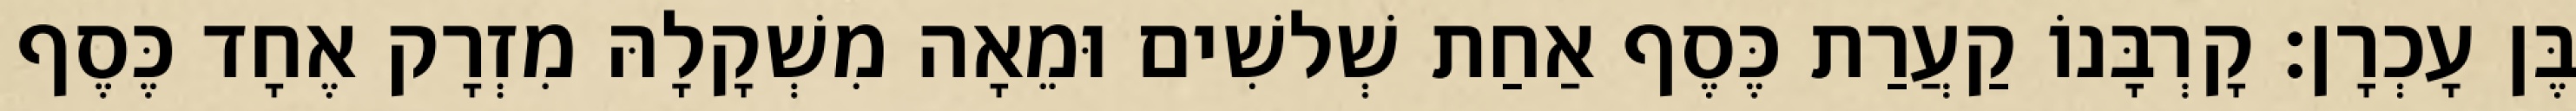
בֶּן עָכְרָן׃ קָרְבָּנוֹ קַעֲרַת כֶּסֶף אַחַת שְׁלשִׁים וּמֵאָה מִשְׁקָלָהּ מִזְרָק אֶחָד כֶּסֶף